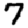
Digit: 7